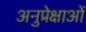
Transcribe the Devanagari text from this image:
अनुप्रेक्षाओं